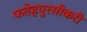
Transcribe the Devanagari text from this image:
फतेहपुरसीकरी